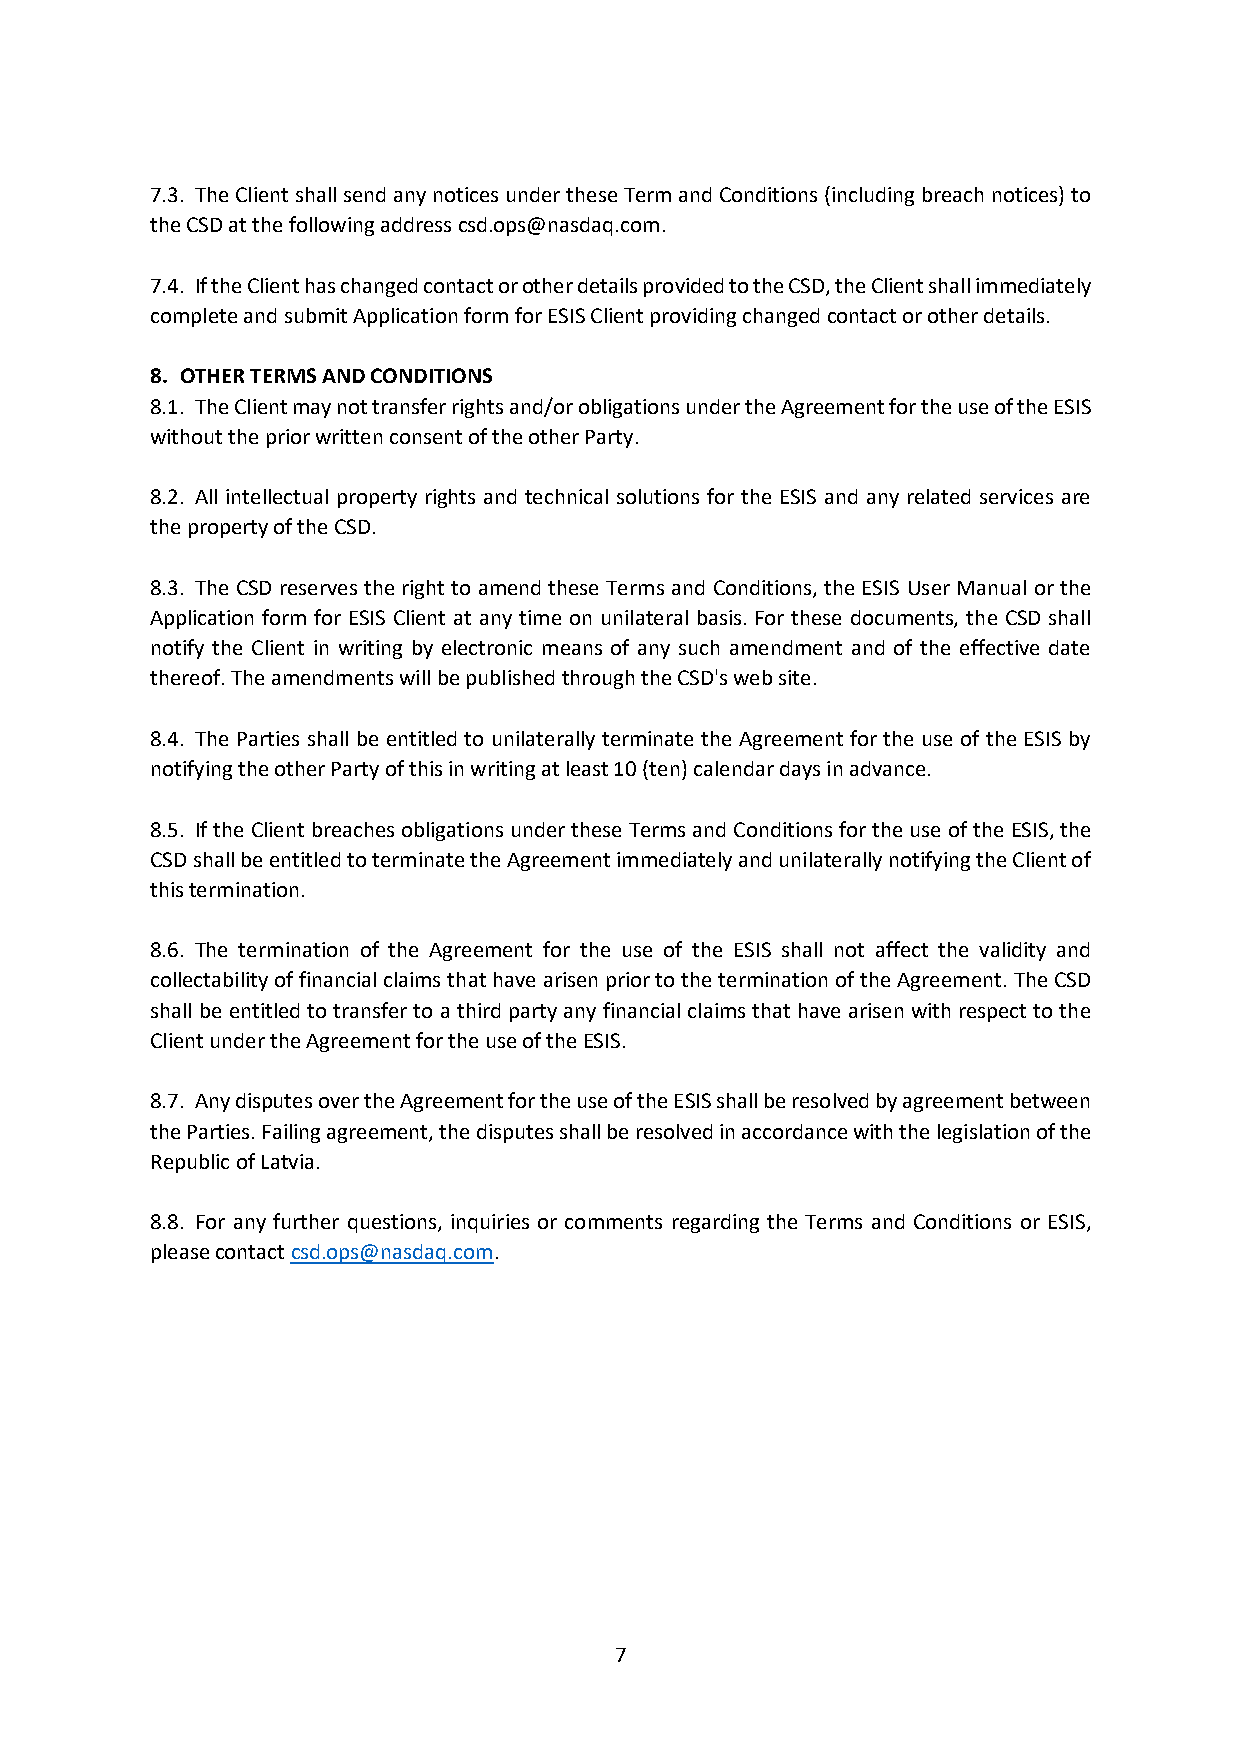
7.3. The Client shall send any notices under these Term and Conditions (including breach notices) to
 the CSD at the following address csd.ops@nasdaq.com.
 7.4. If the Client has changed contact or other details provided to the CSD, the Client shall immediately
 complete and submit Application form for ESIS Client providing changed contact or other details.
 8. OTHER TERMS AND CONDITIONS
 8.1. The Client may not transfer rights and/or obligations under the Agreement for the use of the ESIS
 without the prior written consent of the other Party.
 8.2. All intellectual property rights and technical solutions for the ESIS and any related services are
 the property of the CSD.
 8.3. The CSD reserves the right to amend these Terms and Conditions, the ESIS User Manual or the
 Application form for ESIS Client at any time on unilateral basis. For these documents, the CSD shall
 notify the Client in writing by electronic means of any such amendment and of the effective date
 thereof. The amendments will be published through the CSD's web site.
 8.4. The Parties shall be entitled to unilaterally terminate the Agreement for the use of the ESIS by
 notifying the other Party of this in writing at least 10 (ten) calendar days in advance.
 8.5. If the Client breaches obligations under these Terms and Conditions for the use of the ESIS, the
 CSD shall be entitled to terminate the Agreement immediately and unilaterally notifying the Client of
 this termination.
 8.6. The termination of the Agreement for the use of the ESIS shall not affect the validity and
 collectability of financial claims that have arisen prior to the termination of the Agreement. The CSD
 shall be entitled to transfer to a third party any financial claims that have arisen with respect to the
 Client under the Agreement for the use of the ESIS.
 8.7. Any disputes over the Agreement for the use of the ESIS shall be resolved by agreement between
 the Parties. Failing agreement, the disputes shall be resolved in accordance with the legislation of the
 Republic of Latvia.
 8.8. For any further questions, inquiries or comments regarding the Terms and Conditions or ESIS,
 please contact csd.ops@nasdaq.com.
 7